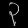
Digit: ၃